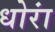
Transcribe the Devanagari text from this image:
धोरां